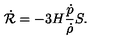
\dot { { \cal R } } = - 3 H \frac { \dot { p } } { \dot { \rho } } S .